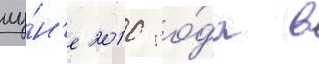
иу́н'е 2010 го́да в